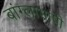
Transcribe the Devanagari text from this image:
बांग्‍लाभाषी